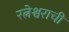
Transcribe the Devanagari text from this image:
रत्नेश्वराची